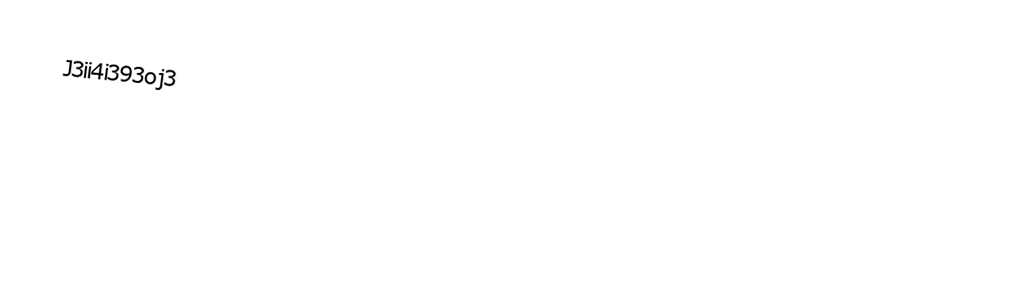
J3ii4i393oj3